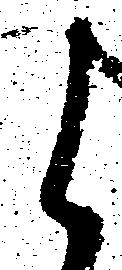
候